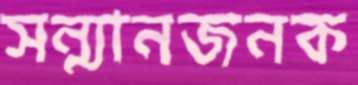
সন্মানজনক